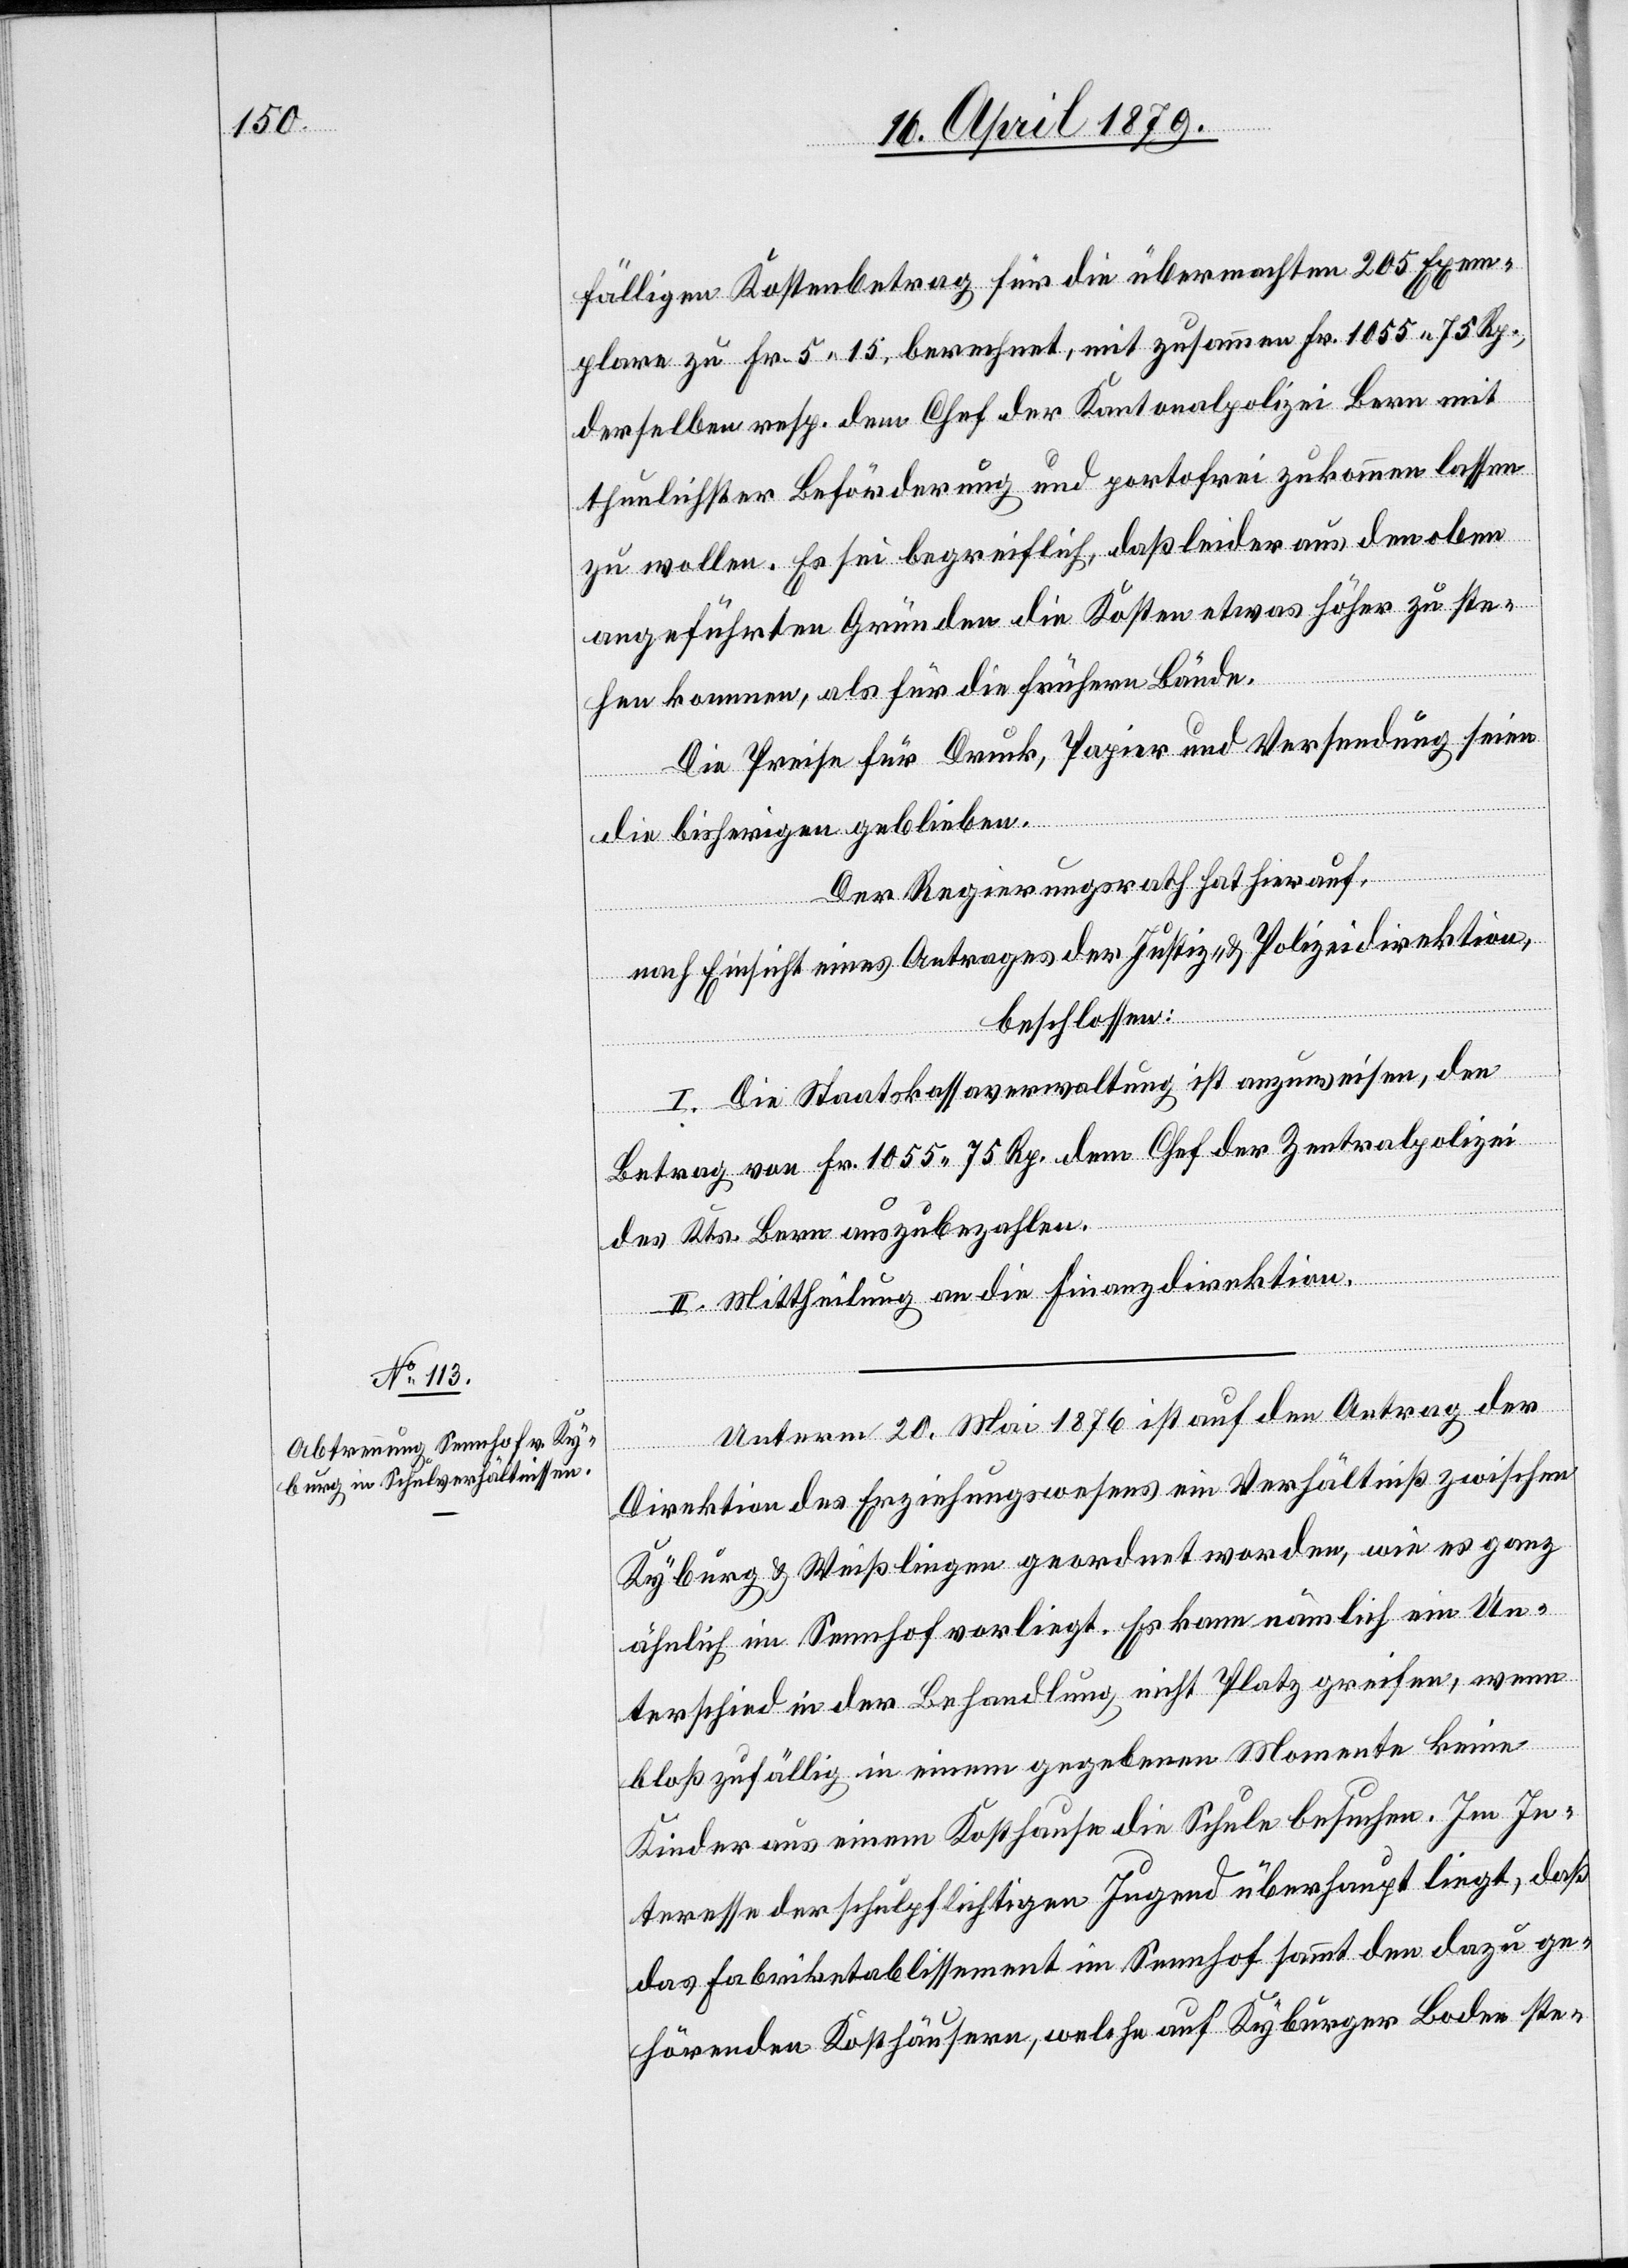
fälligen Kostenbetrag für die übermachten 205 Exem¬
plare zu Fr. 5 15, berechnet, mit zusammen Fr. 1055 75 Rp.,
derselben resp. dem Chef der Kantonalpolizei Bern mit
thunlichster Beförderung und portofrei zukommen lassen
zu wollen. Es sei begreiflich, daß leider aus den oben
angeführten Gründen die Kosten etwas höher zu ste¬
hen kommen, als für die frühern Bände.
Die Preise für Druck, Papier und Versendung seien
die bisherigen geblieben.
Der Regierungsrath hat hierauf,
nach Einsicht eines Antrages der Justiz- & Polizeidirektion,
beschlossen:
I. Die Staatskassaverwaltung ist anzuweisen, den
Betrag von Fr. 1055 75 Rp. dem Chef der Zentralpolizei
des Kts. Bern auszubezahlen.
II. Mittheilung an die Finanzdirektion.
Unterm 20. Mai 1876 ist auf den Antrag der
Direktion des Erziehungswesens ein Verhältniß zwischen
Kyburg & Weißlingen geordnet worden, wie es ganz
ähnlich im Sennhof vorliegt. Es kann nämlich ein Un¬
terschied in der Behandlung nicht Platz greifen, wenn
bloß zufällig in einem gegebenen Momente keine
Kinder aus einem Kosthause die Schule besuchen. Im In¬
teresse der schulpflichtigen Jugend überhaupt liegt, daß
das Fabriketablissement im Sennhof sammt den dazu ge¬
hörenden Kosthäusern, welche auf Kyburger Boden ste-